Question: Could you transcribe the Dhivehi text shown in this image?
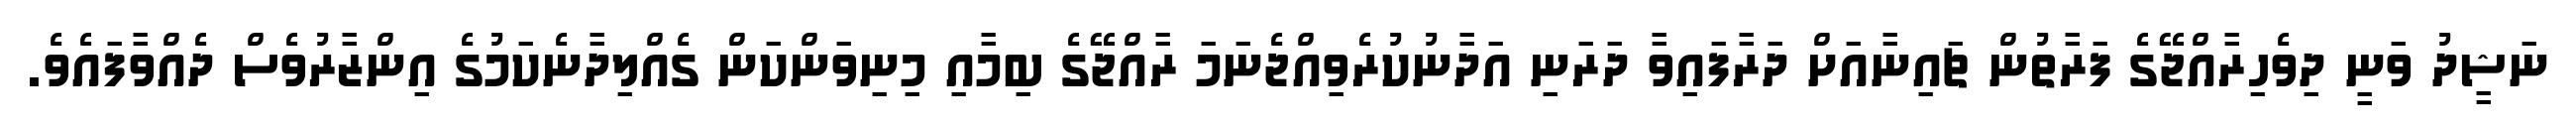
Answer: ނަޝީދު ވަނީ ދިވެހިރާއްޖޭގެ ފަރާތުން ޗައިނާއަށް ދަރާފައިވާ ދަރަނި އަދާނުކުރެވިއްޖެނަމަ ރާއްޖޭގެ ބިމާއި މިނިވަންކަން ގެއްލިދާނެކަމުގެ އިންޒާރުވެސް ދެއްވާފައެވެ.